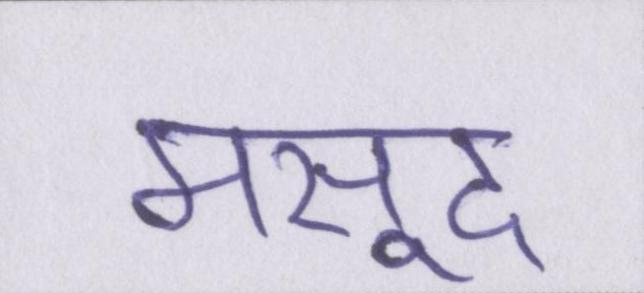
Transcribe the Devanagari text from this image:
मसूद